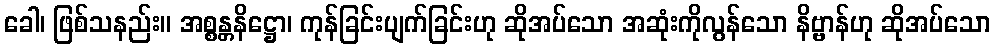
ခေါ၊ ဖြစ်သနည်း။ အစ္စန္တနိဋ္ဌော၊ ကုန်ခြင်းပျက်ခြင်းဟု ဆိုအပ်သော အဆုံးကိုလွန်သော နိဗ္ဗာန်ဟု ဆိုအပ်သော